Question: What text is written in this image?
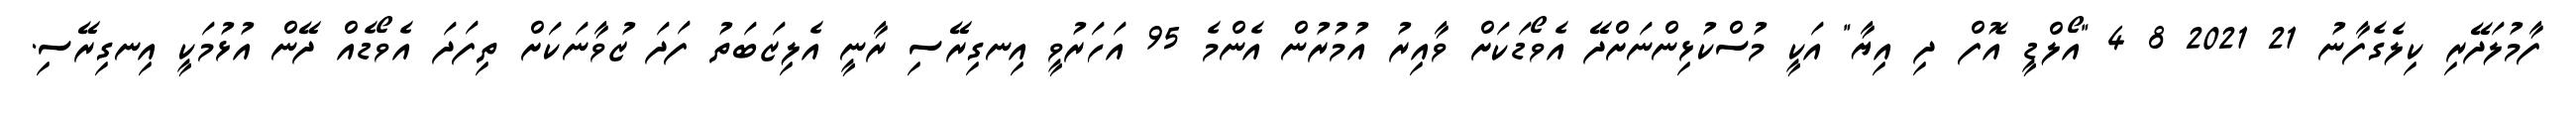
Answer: ފާމުލަދޭރި ކިލެގެފާނު 21 2021 8 4 "އޯލްޑީ އޮފް ދި އިޔާ" އަކީ މުސްކުޅިންނަށްދޭ އެވޯޑަކަށް ވާއިރު އުމުރުން އެންމެ 95 އަހަރުވީ އިނގިރޭސި ރާނީ އެލިޒަބަތު ފަދަ ޒުވާނަކަށް ތިފަދަ އެވޯޑެއް ދޭން އުޅުމަކީ އިނގިރޭސި.